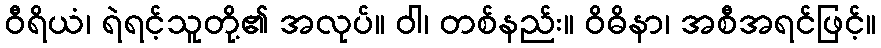
ဝီရိယံ၊ ရဲရင့်သူတို့၏ အလုပ်။ ဝါ၊ တစ်နည်း။ ဝိဓိနာ၊ အစီအရင်ဖြင့်။